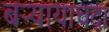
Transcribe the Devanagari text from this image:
बऱ्यायाचदा